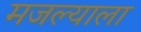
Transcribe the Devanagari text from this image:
मजल्याला